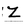
Character: Z